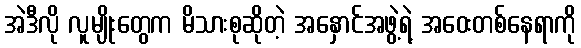
အဲဒီလို လူမျိုးတွေက မိသားစုဆိုတဲ့ အနှောင်အဖွဲ့ရဲ့ အဝေးတစ်နေရာကို